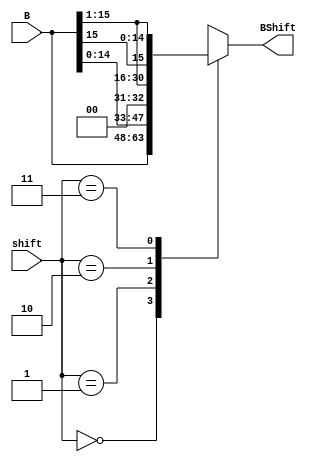
//Shift operations
module shift(B, BShift, shift);
	
	parameter width= 1;
	input [15:0] B;
	input [1:0] shift;
	output [15:0] BShift;
	reg [15:0] BShift;

	always @(*) begin
		case(shift)
			2'b00: BShift= B;			//if operation= 00 output= B
			2'b01: BShift= {B[14:0], 1'b0};		//if operation= 01 output= B shifted left one and right bit= 0 
			2'b10: BShift= {1'b0, B[15:1]};		//if operation= 10 output= B shifted right one and left bit= 0 
			2'b11: BShift= {B[15], B[15:1]};	//if operation= 11 output= B shifted right one and left bit= b[15]
			default: BShift= {width{1'bx}};	//default all to x
		endcase
	end
endmodule